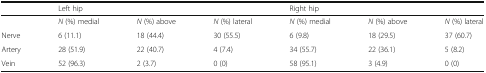
<table><thead><tr><td></td><td colspan="3"><b>Left hip</b></td><td colspan="3"><b>Right hip</b></td></tr></thead><tbody><tr><td></td><td><i>N</i> (%) medial</td><td><i>N</i> (%) above</td><td><i>N</i> (%) lateral</td><td><i>N</i> (%) medial</td><td><i>N</i> (%) above</td><td><i>N</i> (%) lateral</td></tr><tr><td>Nerve</td><td>6 (11.1)</td><td>18 (44.4)</td><td>30 (55.5)</td><td>6 (9.8)</td><td>18 (29.5)</td><td>37 (60.7)</td></tr><tr><td>Artery</td><td>28 (51.9)</td><td>22 (40.7)</td><td>4 (7.4)</td><td>34 (55.7)</td><td>22 (36.1)</td><td>5 (8.2)</td></tr><tr><td>Vein</td><td>52 (96.3)</td><td>2 (3.7)</td><td>0 (0)</td><td>58 (95.1)</td><td>3 (4.9)</td><td>0 (0)</td></tr></tbody></table>